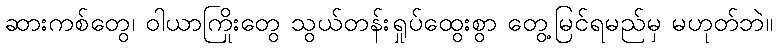
ဆားကစ်တွေ၊ ဝါယာကြိုးတွေ သွယ်တန်းရှုပ်ထွေးစွာ တွေ့မြင်ရမည်မှ မဟုတ်ဘဲ။